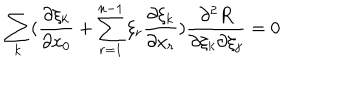
\sum _ { k } ( \frac { \partial \xi _ { k } } { \partial x _ { 0 } } + \sum _ { r = 1 } ^ { n - 1 } \xi _ { r } \frac { \partial \xi _ { k } } { \partial x _ { r } } ) \frac { \partial ^ { 2 } R } { \partial \xi _ { k } \partial \xi _ { j } } = 0